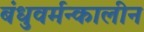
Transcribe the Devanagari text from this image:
बंधुवर्मन्कालीन